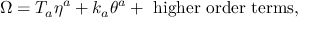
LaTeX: \Omega = T _ { a } \eta ^ { a } + k _ { a } \theta ^ { a } + \mathrm { \ h i g h e r \ o r d e r \ t e r m s } ,